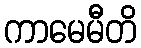
ကာမေမီတိ